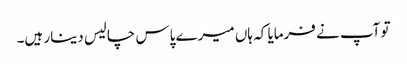
تو آپ نے فرمایا کہ ہاں میرے پاس چالیس دینار ہیں۔